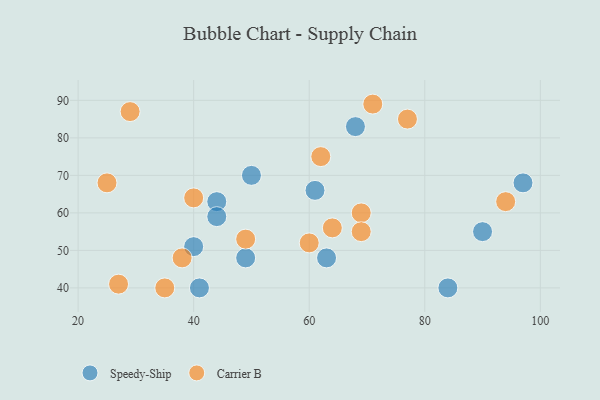
{"axis": {"x": "GDP", "y": "Life Expectancy"}, "legend": ["Carrier B", "Speedy-Ship"], "data": [{"x": "50", "y": 70, "type": "Speedy-Ship"}, {"x": "84", "y": 40, "type": "Speedy-Ship"}, {"x": "44", "y": 63, "type": "Speedy-Ship"}, {"x": "90", "y": 55, "type": "Speedy-Ship"}, {"x": "63", "y": 48, "type": "Speedy-Ship"}, {"x": "68", "y": 83, "type": "Speedy-Ship"}, {"x": "49", "y": 48, "type": "Speedy-Ship"}, {"x": "44", "y": 59, "type": "Speedy-Ship"}, {"x": "40", "y": 51, "type": "Speedy-Ship"}, {"x": "41", "y": 40, "type": "Speedy-Ship"}, {"x": "97", "y": 68, "type": "Speedy-Ship"}, {"x": "61", "y": 66, "type": "Speedy-Ship"}, {"x": "69", "y": 60, "type": "Carrier B"}, {"x": "40", "y": 64, "type": "Carrier B"}, {"x": "77", "y": 85, "type": "Carrier B"}, {"x": "25", "y": 68, "type": "Carrier B"}, {"x": "94", "y": 63, "type": "Carrier B"}, {"x": "38", "y": 48, "type": "Carrier B"}, {"x": "62", "y": 75, "type": "Carrier B"}, {"x": "49", "y": 53, "type": "Carrier B"}, {"x": "35", "y": 40, "type": "Carrier B"}, {"x": "71", "y": 89, "type": "Carrier B"}, {"x": "69", "y": 55, "type": "Carrier B"}, {"x": "60", "y": 52, "type": "Carrier B"}, {"x": "64", "y": 56, "type": "Carrier B"}, {"x": "27", "y": 41, "type": "Carrier B"}, {"x": "29", "y": 87, "type": "Carrier B"}]}